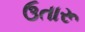
ઉતારૂ